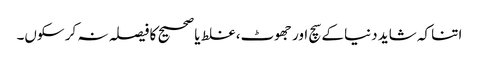
اتنا کہ شاید دنیا کے سچ اور جھوٹ، غلط یا صحیح کا فیصلہ نہ کر سکوں۔